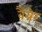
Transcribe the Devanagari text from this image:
वैग्नेर